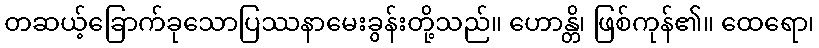
တဆယ့်ခြောက်ခုသောပြဿနာမေးခွန်းတို့သည်။ ဟောန္တိ၊ ဖြစ်ကုန်၏။ ထေရော၊